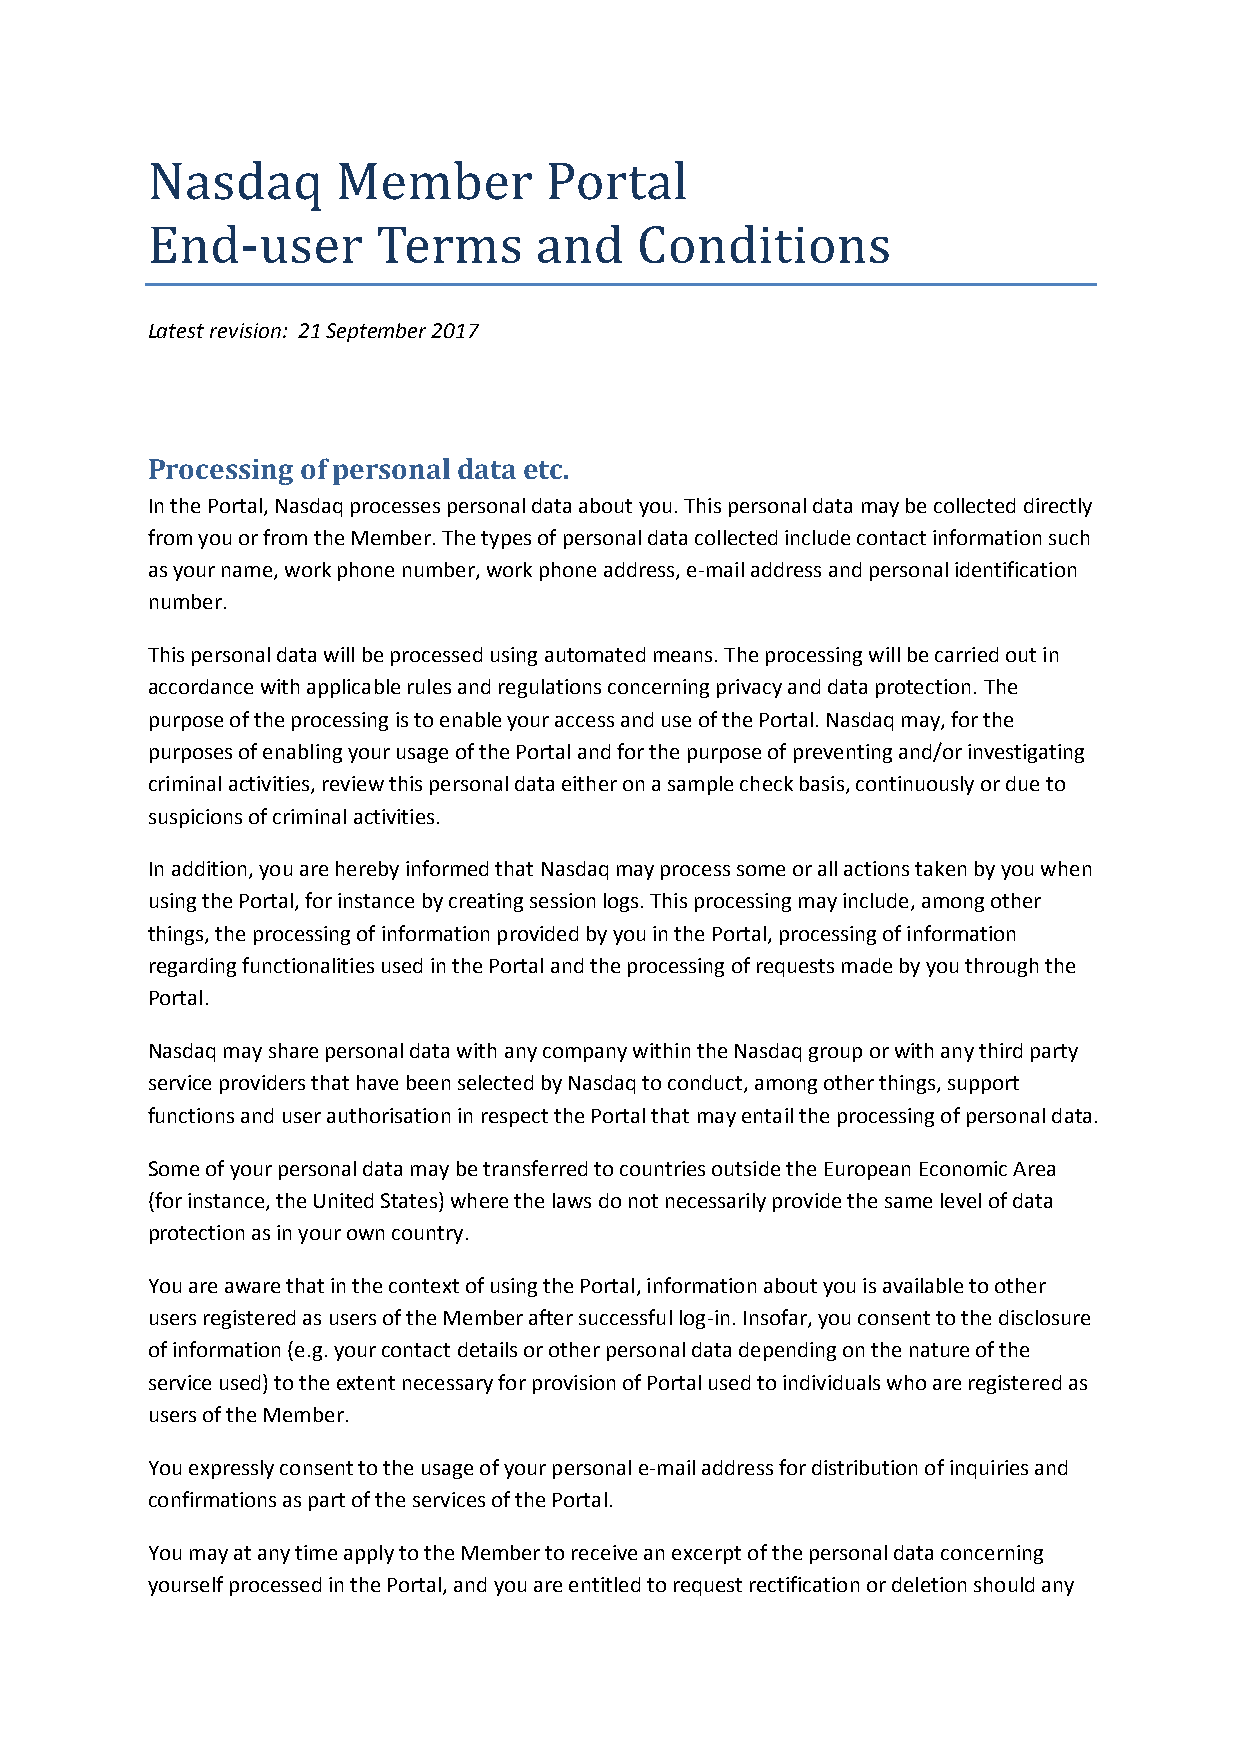
Nasdaq      Member        Portal
 End-user       Terms     and    Conditions
 Latest revision: 21 September 2017
 Processing of personal data etc.
 In the Portal, Nasdaq processes personal data about you. This personal data may be collected directly
 from you or from the Member. The types of personal data collected include contact information such
 as your name, work phone number, work phone address, e-mail address and personal identification
 number.
 This personal data will be processed using automated means. The processing will be carried out in
 accordance with applicable rules and regulations concerning privacy and data protection. The
 purpose of the processing is to enable your access and use of the Portal. Nasdaq may, for the
 purposes of enabling your usage of the Portal and for the purpose of preventing and/or investigating
 criminal activities, review this personal data either on a sample check basis, continuously or due to
 suspicions of criminal activities.
 In addition, you are hereby informed that Nasdaq may process some or all actions taken by you when
 using the Portal, for instance by creating session logs. This processing may include, among other
 things, the processing of information provided by you in the Portal, processing of information
 regarding functionalities used in the Portal and the processing of requests made by you through the
 Portal.
 Nasdaq may share personal data with any company within the Nasdaq group or with any third party
 service providers that have been selected by Nasdaq to conduct, among other things, support
 functions and user authorisation in respect the Portal that may entail the processing of personal data.
 Some of your personal data may be transferred to countries outside the European Economic Area
 (for instance, the United States) where the laws do not necessarily provide the same level of data
 protection as in your own country.
 You are aware that in the context of using the Portal, information about you is available to other
 users registered as users of the Member after successful log-in. Insofar, you consent to the disclosure
 of information (e.g. your contact details or other personal data depending on the nature of the
 service used) to the extent necessary for provision of Portal used to individuals who are registered as
 users of the Member.
 You expressly consent to the usage of your personal e-mail address for distribution of inquiries and
 confirmations as part of the services of the Portal.
 You may at any time apply to the Member to receive an excerpt of the personal data concerning
 yourself processed in the Portal, and you are entitled to request rectification or deletion should any